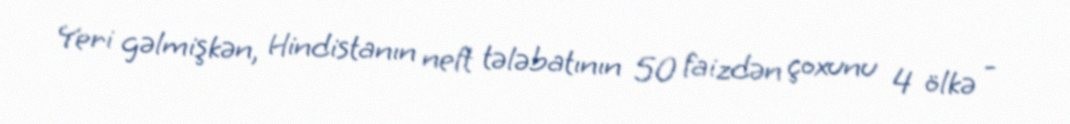
Yeri gəlmişkən, Hindistanın neft tələbatının 50 faizdən çoxunu 4 ölkə -